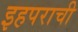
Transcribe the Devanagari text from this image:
इहपराची